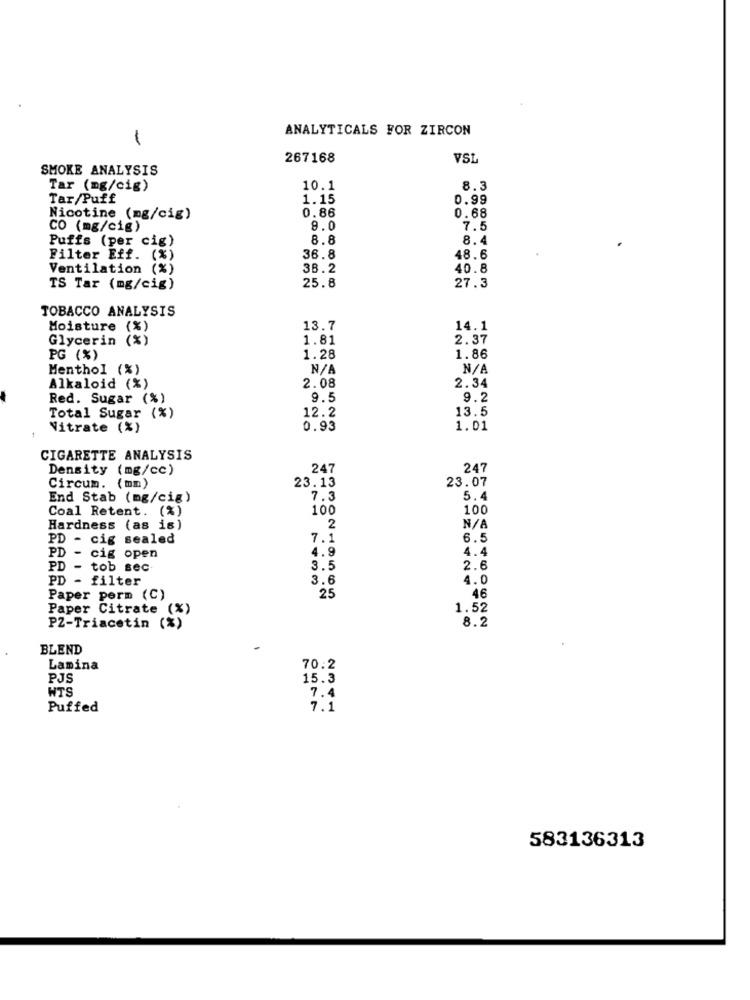
ANALYTICALS FOR ZIRCON
1
267168
VSI
SMOKE ANALYSIS
Tar (mg/cig)
10.1
8.3
Tar/Puff
1.15
0.99
0.86
Nicotine (mg/cig)
0.68
CO (mg/cig)
9.0
7.5
Puffs (per cig)
8.8
8.4
Filter Eff. (%)
36.8
48.6
Ventilation (%)
38.2
40.8
25.8
TS Tar (mg/cig)
27.3
TOBACCO ANALYSIS
Moisture (%)
13.7
14.1
Glycerin
( *)
1.81
2.37
PG (%)
1.28
1.86
Menthol (%)
Alkaloid (%)
2.08
2.34
Red. Sugar (%)
9.5
9.2
12.2
13.5
Total Sugar (%)
Nitrate (%)
0.93
1.01
CIGARETTE ANALYSIS
Density (mg/cc)
247
247
23.13
23.07
Circum. (mm)
End Stab (mg/cig)
7.3
5.4
Coal Retent. (%)
100
100
Hardness (as is)
2
PD - cig sealed
7.1
6.5
4.9
4.4
PD - cig open
PD - tob sec
3.5
2.6
PD - filter
3.6
4.0
25
Paper perm (C)
46
1.52
Paper Citrate (%)
8.2
PZ-Triacetin (*)"
BLEND
Lamina
70.2
PJS
15.3
WTS
7.4
Puffed
7.1
583136313